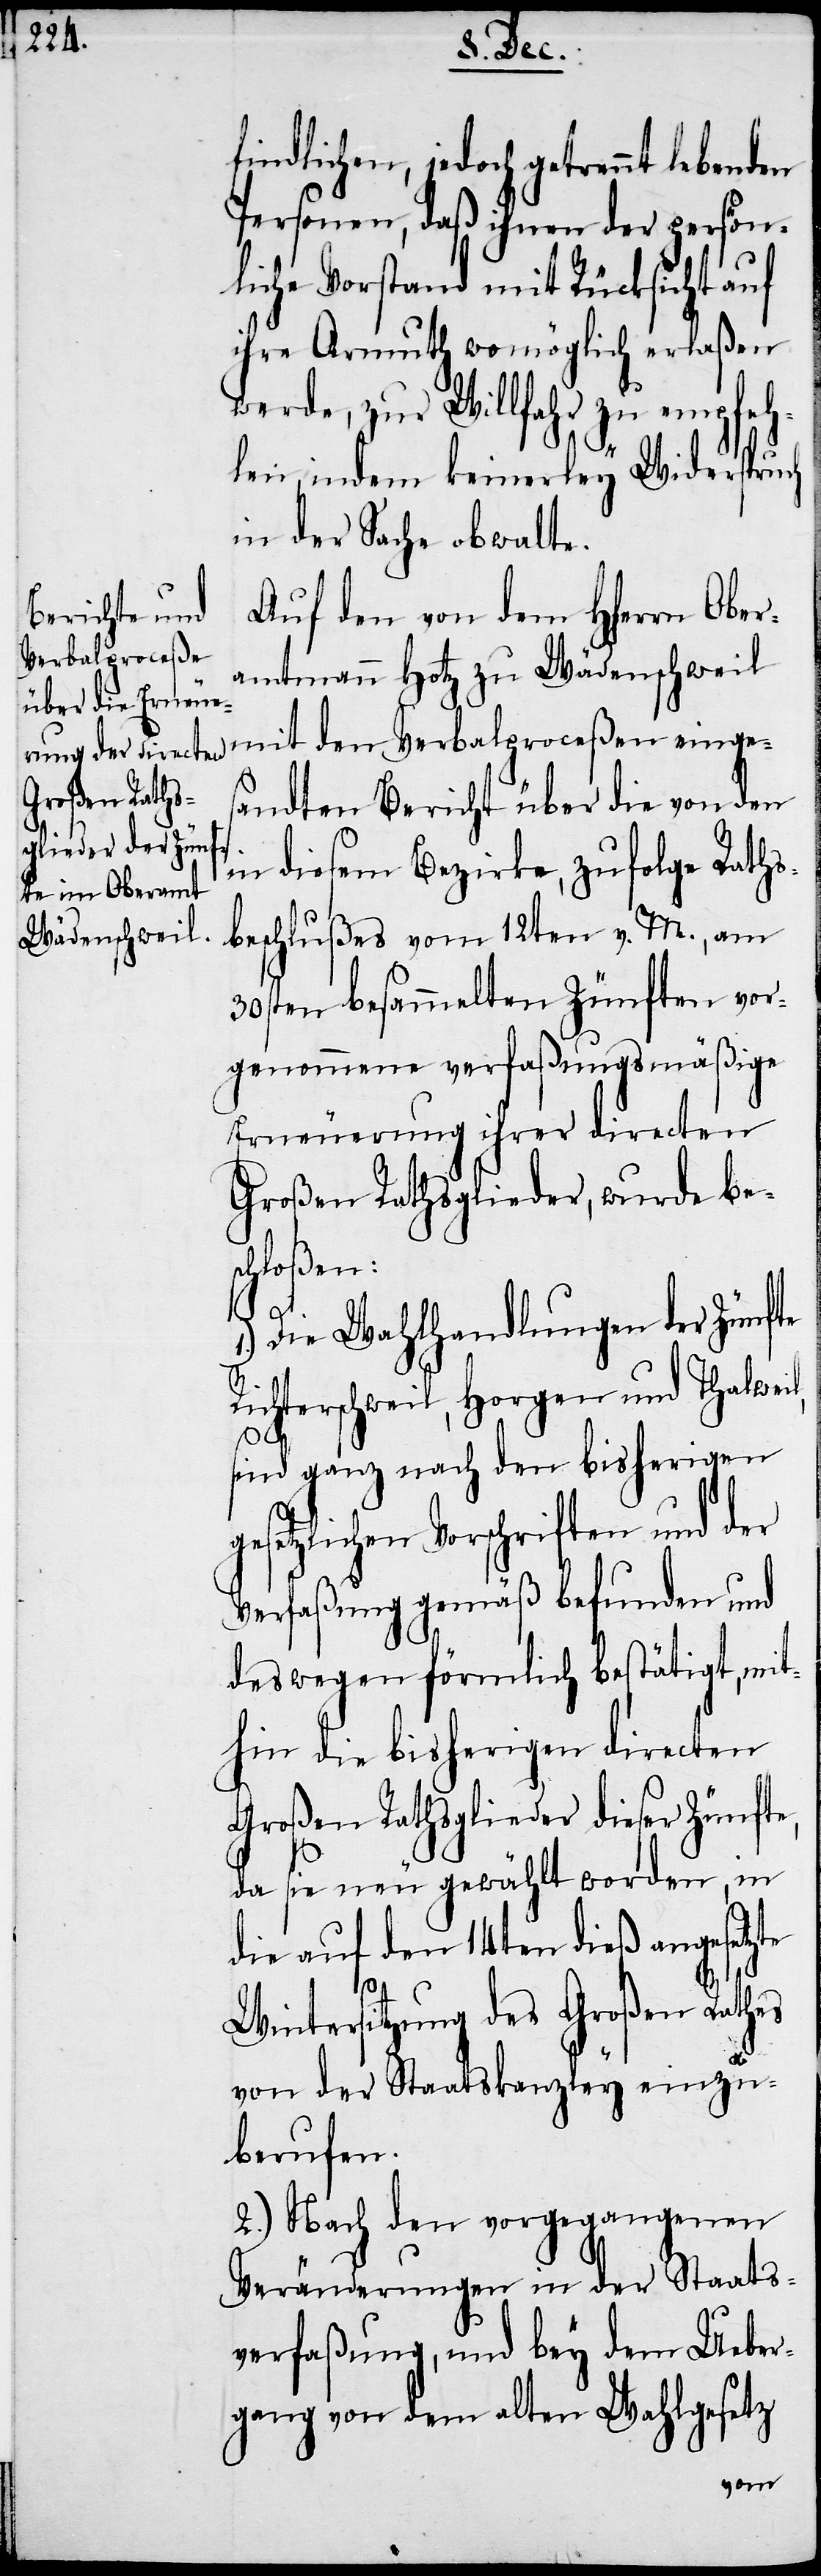
findlichen, jedoch getrennt
Personen, daß ihnen der persön¬
liche Vorstand mit Rücksicht auf
ihre Armuth womöglich erlaßen
werde, zur Willfahr zu empfeh¬
len, indem keinerley Widerspruch
in der Sache obwalte.
Auf den von dem HHerrn Ober¬
amtmann Hotz zu Wädenschweil
mit den Verbalproceßen einges¬
andten Bericht über die von den
in diesem Bezirke, zufolge Raths¬
beschlußes vom 12ten v. M., am
30sten besammelten Zünften vor¬
genommene verfaßungsmäßige
Erneuerung ihrer directen
Großen Rathsglieder, wurde bes¬
chloßen:
Die Wahlhandlungen der Zünfte
Richterschweil, Horgen und Thalwei¬
l,
sind ganz nach den bisherigen
gesetzlichen Vorschriften und der
Verfaßung gemäß befunden und
deswegen förmlich bestätigt, mit¬
hin die bisherigen directen
Großen Rathsglieder dieser Zünfte,
da sie neu gewählt worden, in
die auf den 14ten dieß angesetzte
1.)
Wintersitzung des Großen Rathes
von der Staatskanzley einzu¬
berufen.
2.) Nach den vorgegangenen
Veränderungen in der Staats¬
verfaßung und bey dem Ueber¬
gang von dem alten Wahlgesetz